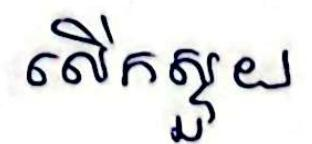
លើកស្ទួយ